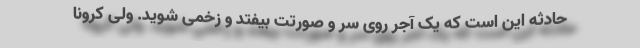
حادثه این است که یک آجر روی سر و صورتت بیفتد و زخمی شوید. ولی کرونا